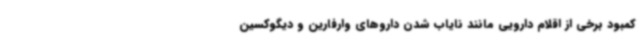
کمبود برخی از اقلام دارویی مانند نایاب شدن داروهای وارفارین و دیگوکسین